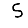
Digit: 5